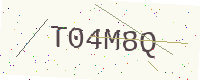
Text: T04M8Q